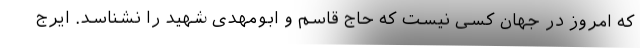
که امروز در جهان کسی نیست که حاج قاسم و ابومهدی شهید را نشناسد. ایرج